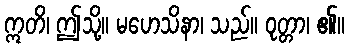
ဣတိ၊ ဤသို့။ မဟေသိနာ၊ သည်။ ဝုတ္တာ၊ ၏။